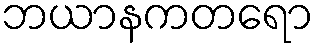
ဘယာနကတရော